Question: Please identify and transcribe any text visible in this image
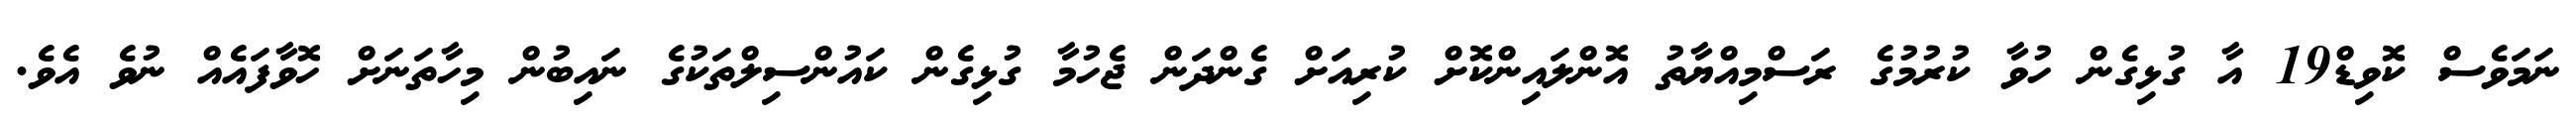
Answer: ނަމަވެސް ކޮވިޑް19 އާ ގުޅިގެން ހުވާ ކުރުމުގެ ރަސްމިއްޔާތު އޮންލައިންކޮށް ކުރިއަށް ގެންދަން ޖެހުމާ ގުޅިގެން ކައުންސިލްތަކުގެ ނައިބުން މިހާތަނަށް ހޮވާފައެއް ނުވެ އެވެ.